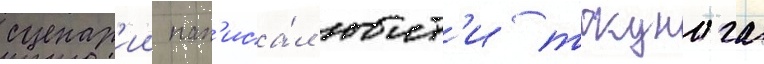
сценар'ии нап'иса́л юит'и токунага